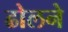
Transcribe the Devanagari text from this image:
ढोलने